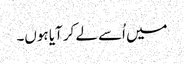
میں اُسے لے کر آیا ہوں۔